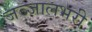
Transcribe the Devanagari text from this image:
जञ्जालभरी